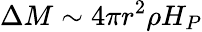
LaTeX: \Delta M\sim 4\pi r^{2}\rho H_{P}